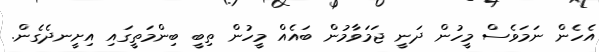
އެހެން ނަމަވެސް މީހުން ދަނީ ޖަމަވާމުން ބައެއް މީހުން ތިބީ ބިންމަތީގައި އިށީނދެގެން.